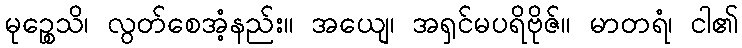
မုဉ္စေသိ၊ လွတ်စေအံ့နည်း။ အယျေ၊ အရှင်မပရိဗိုဇ်။ မာတရံ၊ ငါ၏